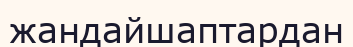
жандайшаптардан